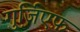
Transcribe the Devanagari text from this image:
गुर्जि़एफ़